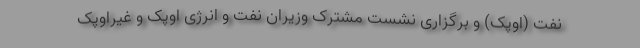
نفت (اوپک) و برگزاری نشست مشترک وزیران نفت و انرژی اوپک و غیراوپک